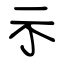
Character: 示